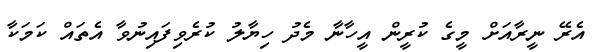
އެރޭ ނީރާއަށް މީގެ ކުރީން އީހާނާ މެދު ހިޔާލު ކުރެވިފައިނުވާ އެތައް ކަމަކާ